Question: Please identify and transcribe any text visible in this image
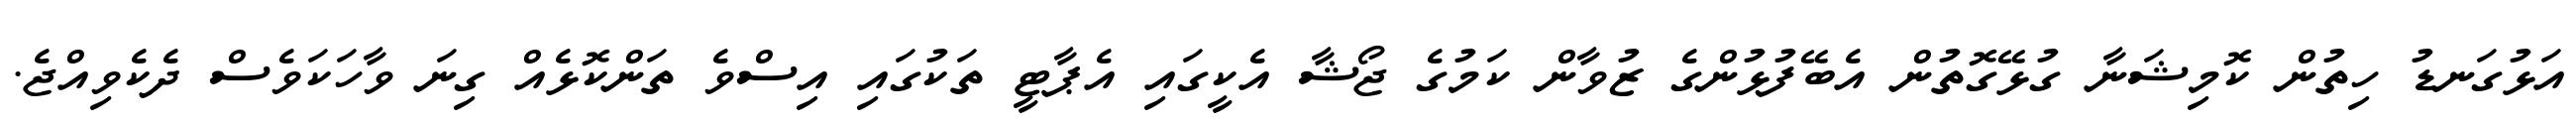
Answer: އަޅުގަނޑު ހިތުން ކޮމިޝަނާ ގުޅޭގޮތުން އެބޭފުޅުންގެ ޒުވާން ކަމުގެ ޖޯޝާ އެކީގައި އެޕާޓީ ތަކުގައި އިސްވެ ތަންކޮޅެއް ގިނަ ވާހަކަވެސް ދެކެވިއްޖެ.